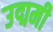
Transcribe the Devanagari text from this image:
उद्ममी